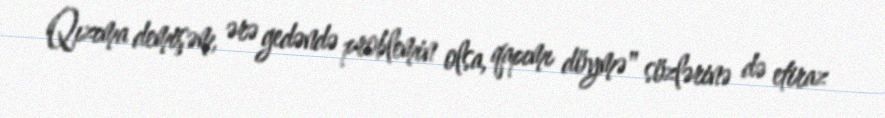
Qızıma demişəm, ərə gedəndə problemin olsa, qapımı döymə" sözlərinə də etiraz